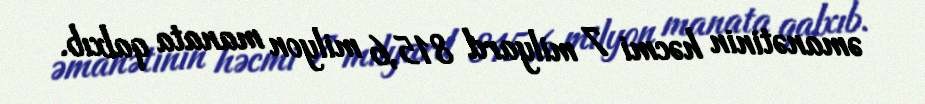
əmanətinin həcmi 7 milyard 815,6 milyon manata qalxıb.